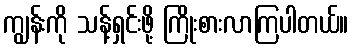
ကျွန်းကို သန့်ရှင်းဖို့ ကြိုးစားလာကြပါတယ်။